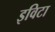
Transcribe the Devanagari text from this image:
इविटा